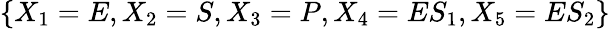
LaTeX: \{ X_{1}=E,X_{2}=S,X_{3}=P,X_{4}=ES_{1},X_{5}=ES_{2}\}